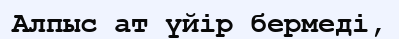
Алпыс ат үйір бермеді,